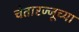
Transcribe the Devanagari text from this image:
चेतारज्जूच्या